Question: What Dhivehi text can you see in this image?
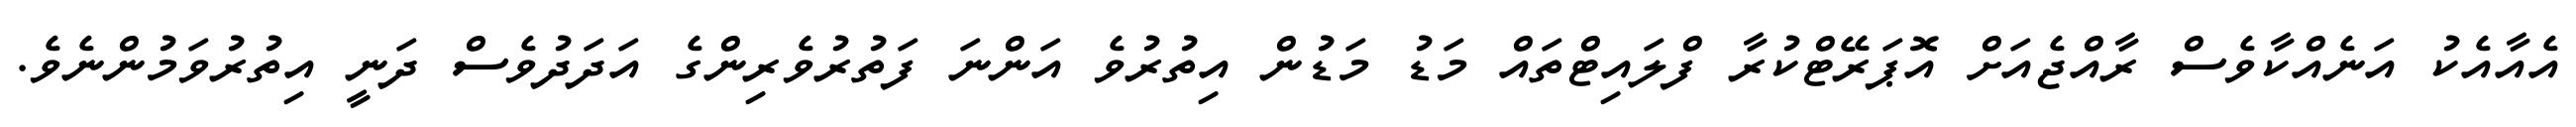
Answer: އެއާއެކު އަނެއްކާވެސް ރާއްޖެއަށް އޮޕަރޭޓްކުރާ ފްލައިޓްތައް މަޑު މަޑުން އިތުރުވެ އަންނަ ފަތުރުވެރިންގެ އަދަދުވެސް ދަނީ އިތުރުވަމުންނެވެ.